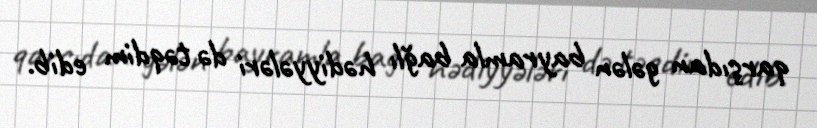
qarşıdan gələn bayramla bağlı hədiyyələri də təqdim edib.